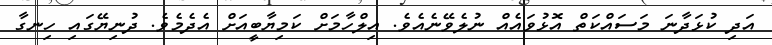
އަދި ކުޅަދާނަ މަސައްކަތް އޮޅުވައެއް ނުލެވޭނެއެވެ. އިލްހާމަށް ކަމިޔާބީއަށް އެދެމެވެ. ދުނިޔޭގައި ހިނގާ